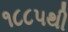
૧૮૮૫થી